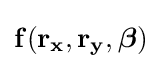
\mathbf {f(r_{x},r_{y},{\boldsymbol {\beta }})}